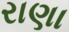
રાણા